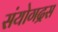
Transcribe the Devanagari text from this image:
संयोगद्रस